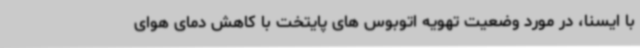
با ایسنا، در مورد وضعیت تهویه اتوبوس های پایتخت با کاهش دمای هوای